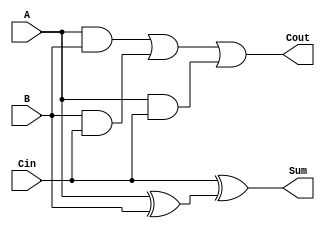
//Implement the Full Adder Using Logical Gates (Structural Level)
module FullAdder(Sum,Cout,A,B,Cin);
	input A,B,Cin;
	output Sum,Cout;

	wire w1,w2,w3,w4;
	
	xor g1(w1,A,B);
	xor g2(Sum,Cin,w1);
	and g3(w2,A,B);
	and g4(w3,B,Cin);
	and g5(w4,A,Cin);
	or g6(Cout,w2,w3,w4);
endmodule